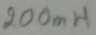
Text: 200mH